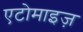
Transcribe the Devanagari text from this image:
एटोमाइज़